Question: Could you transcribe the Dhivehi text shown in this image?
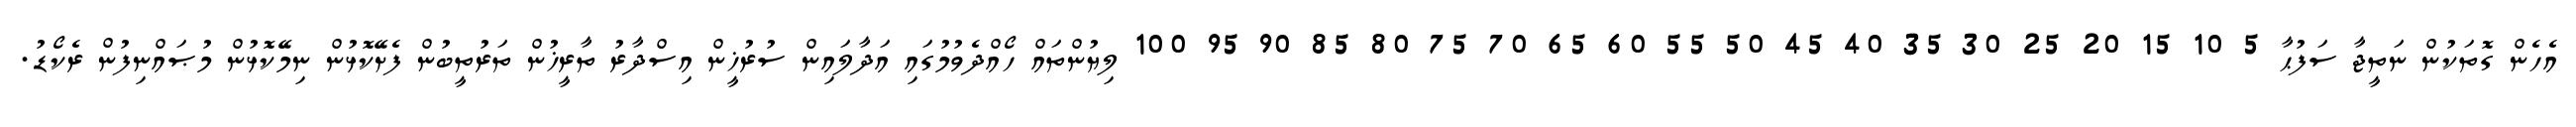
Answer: އެހެން ގޮތަކުން ނަތީޖާ ސަފުޙާ 5 10 15 20 25 30 35 40 45 50 55 60 65 70 75 80 85 90 95 100 ލިޔުންތައް ހޯއްދެވުމުގައި އަދާލައިން ސުރުޚީން އިސްދާރު ތާރީޚުން ތަރުތީބުން ފެށޭކޮޅުން ނިމޭކޮޅުން މުޞައްނިފުން ރެކޯޑު.